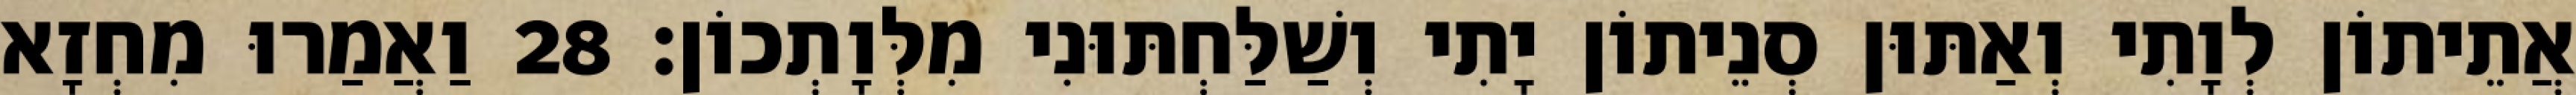
אֲתֵיתוֹן לְוָתִי וְאַתּוּן סְנֵיתוֹן יָתִי וְשַׁלַּחְתּוּנִי מִלְּוָתְכוֹן׃ 28 וַאֲמַרוּ מִחְזָא